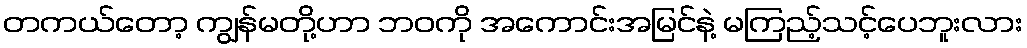
တကယ်တော့ ကျွန်မတို့ဟာ ဘဝကို အကောင်းအမြင်နဲ့ မကြည့်သင့်ပေဘူးလား